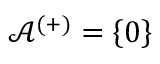
\mathcal { A } ^ { ( + ) } = \left\{ 0 \right\}